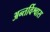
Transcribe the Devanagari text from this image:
अन्तर्विश्वास